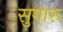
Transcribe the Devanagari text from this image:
सुगारू